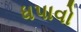
ધપાવો